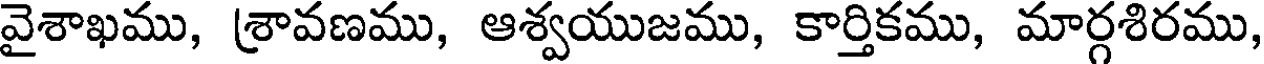
వైశాఖము, శ్రావణము, ఆశ్వయుజము, కార్తికము, మార్గశిరము,